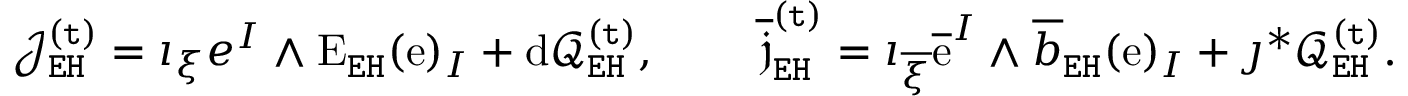
\begin{array} { r l r l } & { \mathcal { J } _ { \mathtt { E H } } ^ { \mathtt { ( t ) } } = \imath _ { \xi } e ^ { I } \wedge \mathrm { E } _ { \mathtt { E H } } ( \mathrm { e } ) _ { I } + \mathrm { d } \mathcal { Q } _ { \mathtt { E H } } ^ { \mathtt { ( t ) } } , } & & { \ \overline { { \mathfrak { j } } } _ { \mathtt { E H } } ^ { \mathtt { ( t ) } } = \imath _ { \overline { { \xi } } } \overline { { \mathrm { e } } } ^ { I } \wedge \overline { { b } } _ { \mathtt { E H } } ( \mathrm { e } ) _ { I } + \jmath ^ { * } \mathcal { Q } _ { \mathtt { E H } } ^ { \mathtt { ( t ) } } . } \end{array}